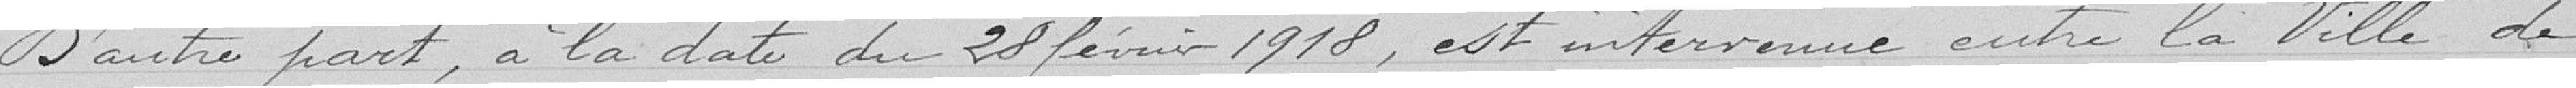
D'autre part, à la date du 28 février 1918, est intervenue entre la Ville de